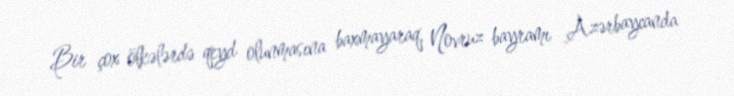
Bir çox ölkələrdə qeyd olunmasına baxmayaraq, Novruz bayramı Azərbaycanda